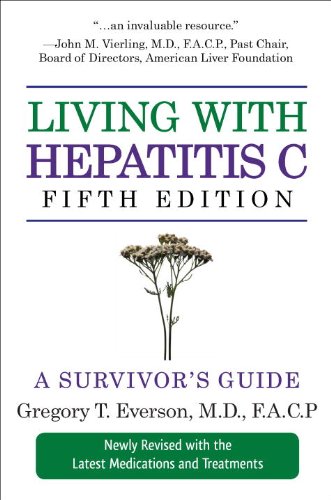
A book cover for Living with Hepatitis C, Fifth Edition: A Survivor's Guide; Gregory T. Everson; Health, Fitness & Dieting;